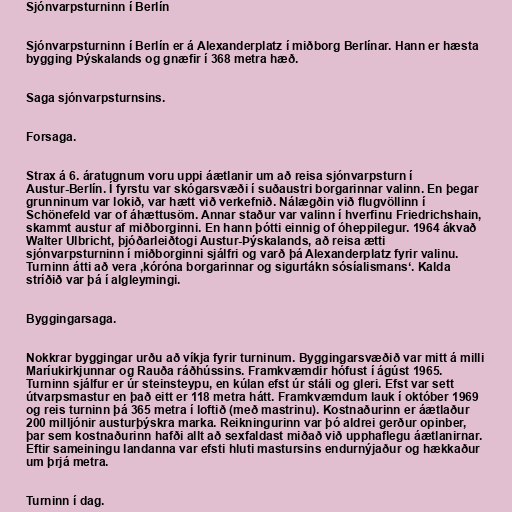
Sjónvarpsturninn í Berlín

Sjónvarpsturninn í Berlín er á Alexanderplatz í miðborg Berlínar. Hann er hæsta
bygging Þýskalands og gnæfir í 368 metra hæð.

Saga sjónvarpsturnsins.

Forsaga.

Strax á 6. áratugnum voru uppi áætlanir um að reisa sjónvarpsturn í
Austur-Berlín. Í fyrstu var skógarsvæði í suðaustri borgarinnar valinn. En þegar
grunninum var lokið, var hætt við verkefnið. Nálægðin við flugvöllinn í
Schönefeld var of áhættusöm. Annar staður var valinn í hverfinu Friedrichshain,
skammt austur af miðborginni. En hann þótti einnig of óheppilegur. 1964 ákvað
Walter Ulbricht, þjóðarleiðtogi Austur-Þýskalands, að reisa ætti
sjónvarpsturninn í miðborginni sjálfri og varð þá Alexanderplatz fyrir valinu.
Turninn átti að vera ‚kóróna borgarinnar og sigurtákn sósíalismans‘. Kalda
stríðið var þá í algleymingi.

Byggingarsaga.

Nokkrar byggingar urðu að víkja fyrir turninum. Byggingarsvæðið var mitt á milli
Maríukirkjunnar og Rauða ráðhússins. Framkvæmdir hófust í ágúst 1965.
Turninn sjálfur er úr steinsteypu, en kúlan efst úr stáli og gleri. Efst var sett
útvarpsmastur en það eitt er 118 metra hátt. Framkvæmdum lauk í október 1969
og reis turninn þá 365 metra í loftið (með mastrinu). Kostnaðurinn er áætlaður
200 milljónir austurþýskra marka. Reikningurinn var þó aldrei gerður opinber,
þar sem kostnaðurinn hafði allt að sexfaldast miðað við upphaflegu áætlanirnar.
Eftir sameiningu landanna var efsti hluti mastursins endurnýjaður og hækkaður
um þrjá metra.

Turninn í dag.